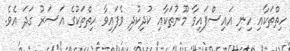
ހިތްތަކާއި ހިނި އައިސްފައިވާ މޫނުތަކާއި ކުދިކުދި ވެފައިވާ ހިތްތަކުގެ އަސަރު ގަދަ އެވެ.